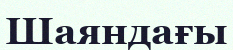
Шаяндағы